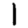
Digit: 1